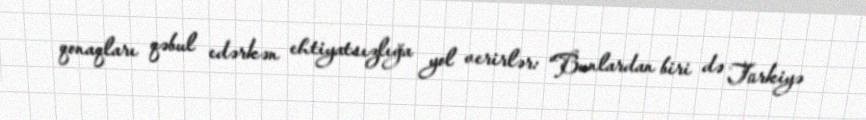
qonaqları qəbul edərkən ehtiyatsızlığa yol verirlər: “Bunlardan biri də Türkiyə